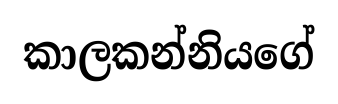
කාලකන්නියගේ